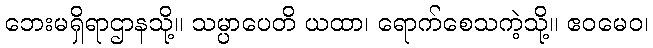
ဘေးမရှိရာဌာနသို့။ သမ္ပာပေတိ ယထာ၊ ရောက်စေသကဲ့သို့။ ဧဝမေဝ၊